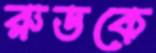
রুডকে